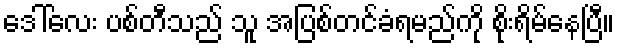
ဒေါ်လေး ပစ်တီသည် သူ အပြစ်တင်ခံရမည်ကို စိုးရိမ်နေပြီ။